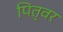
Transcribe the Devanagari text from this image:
पितृवर